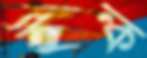
ইন্ক